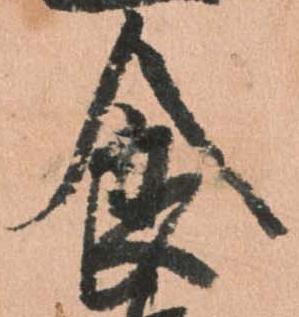
食